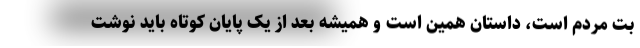
بُت مردم است، داستان همین است و همیشه بعد از یک پایان کوتاه باید نوشت